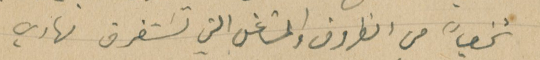
شخصياً من الظروف والمشاغل التي تسَتغرق نهاري